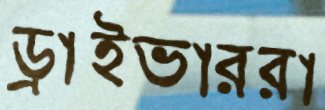
ড্রাইভাররা